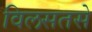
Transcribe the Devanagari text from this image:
विलसतसे